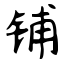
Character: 铺